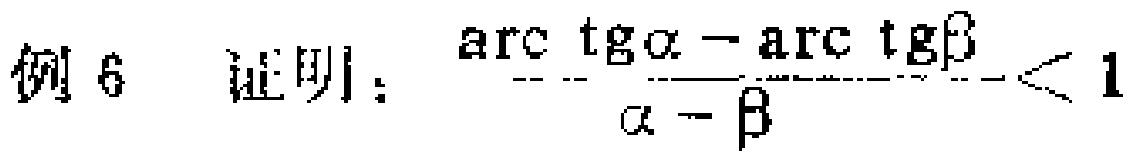
例 6 证明：\(\frac{\mathrm{arc}\,\mathrm{tg}\alpha - \mathrm{arc}\,\mathrm{tg}\beta}{\alpha - \beta}< 1\)